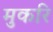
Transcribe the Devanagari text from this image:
मुकरि